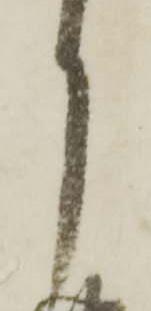
月